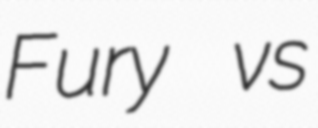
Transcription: Fury vs